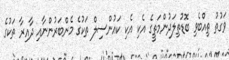
ވަގުތު ތިއްބެވި ބޮޑުތިލަދުންމަތީގެ އެކި އެކި ކައުންސިލް ތަކުގެ މެންބަރުންނާއި ދާއިރާ ތަކުގެ